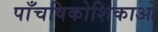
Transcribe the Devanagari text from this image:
पाँचषिकोशिकाओं